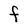
Character: F